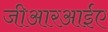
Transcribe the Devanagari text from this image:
जीआरआईए